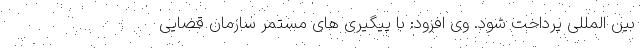
بین المللی پرداخت شود. وی افزود: با پیگیری های مستمر سازمان قضایی